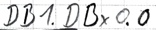
Text: DB1.DBx0.0